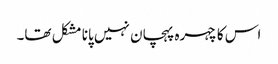
اس کا چہرہ پہچان نہیں پانا مشکل تھا۔